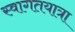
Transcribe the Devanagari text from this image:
स्वागतयात्रा